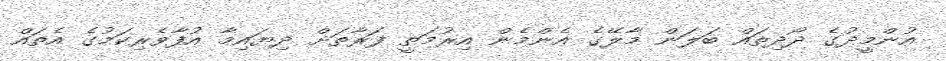
އުންމީދުގެ ދޯދިތައް ބަލަން މާލޭގެ އެންމެން އިރުމަތީ ފަރާތަށް ދިޔައިމާ އުފާވެރިކަމުގެ އެތައް